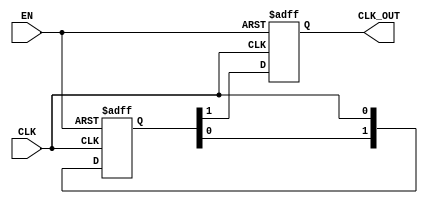
module DelayClockBuffer #(
    parameter DELAY_CYCLES = 2 // Number of clock cycles to delay
)(
    input wire CLK,           // Input clock signal
    input wire EN,            // Enable signal
    output reg CLK_OUT        // Delayed clock output
);

    // Internal signal to hold the delayed clock state
    reg [DELAY_CYCLES-1:0] clk_delay;

    // Always block to manage the delay and output
    always @(posedge CLK or negedge EN) begin
        if (!EN) begin
            // If enable is low, hold CLK_OUT stable (can be set to low or high, here we choose low)
            CLK_OUT <= 1'b0;
            clk_delay <= 0; // Reset the delay register
        end else begin
            // Shift the clock signal into the delay register
            clk_delay <= {clk_delay[DELAY_CYCLES-2:0], CLK};

            // Output the delayed clock from the last position of the delay register
            CLK_OUT <= clk_delay[DELAY_CYCLES-1];
        end
    end

endmodule